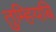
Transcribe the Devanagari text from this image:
तुम्हियबि